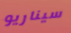
سيناريو